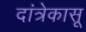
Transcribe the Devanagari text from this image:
दांत्रेकासू